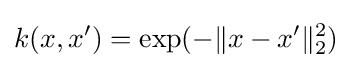
k(x,x')=\exp(-\|x-x'\|_{2}^{2})